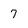
Character: 7